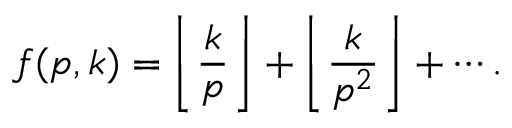
f ( p , k ) = \left\lfloor { \frac { k } { p } } \right\rfloor + \left\lfloor { \frac { k } { p ^ { 2 } } } \right\rfloor + \cdots .